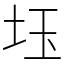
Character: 𡊩